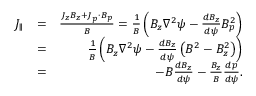
\begin{array} { r l r } { J _ { \parallel } } & { = } & { \frac { J _ { z } B _ { z } + \boldsymbol { J } _ { p } \cdot \boldsymbol { B } _ { p } } { B } = \frac { 1 } { B } \left( B _ { z } \nabla ^ { 2 } \psi - \frac { d B _ { z } } { d \psi } B _ { p } ^ { 2 } \right) } \\ & { = } & { \frac { 1 } { B } \left( B _ { z } \nabla ^ { 2 } \psi - \frac { d B _ { z } } { d \psi } \left( B ^ { 2 } - B _ { z } ^ { 2 } \right) \right) } \\ & { = } & { - B \frac { d B _ { z } } { d \psi } - \frac { B _ { z } } { B } \frac { d p } { d \psi } . } \end{array}